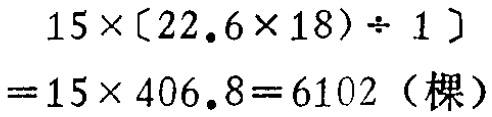
\[

\begin{align*}

&15\times[(22.6\times18)\div1]\\

=&15\times406.8 = 6102 \text{（棵）}

\end{align*}

\]